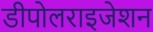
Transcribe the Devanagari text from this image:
डीपोलराइजेशन